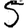
Digit: 5